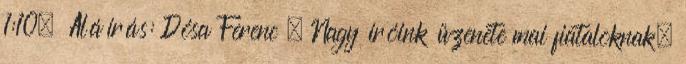
1:10. Aláírás: Dósa Ferenc . Nagy íróink üzenete mai fiataloknak.